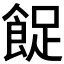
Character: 𱃨